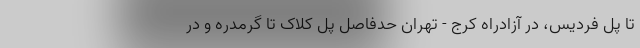
تا پل فردیس، در آزادراه کرج - تهران حدفاصل پل کلاک تا گرمدره و در